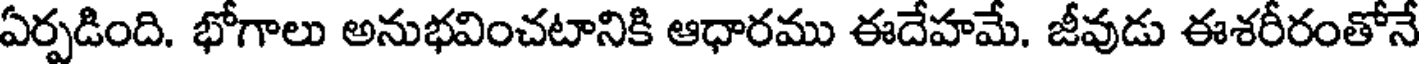
ఏర్పడింది. భోగాలు అనుభవించటానికి ఆధారము ఈదేహమే. జీవుడు ఈశరీరంతోనే